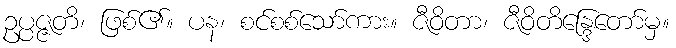
ဥပ္ပဇ္ဇတိ၊ ဖြစ်၏။ ပန၊ စင်စစ်သော်ကား။ ဇီဝိတာ၊ ဇီဝိတိန္ဒြေတော်မှ။